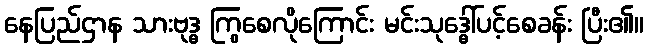
နေပြည်ဌာန သားဗုဒ္ဓ ကြွစေလိုကြောင်း မင်းသုဒ္ဓေါ်ပင့်စေခန်း ပြီး၏။